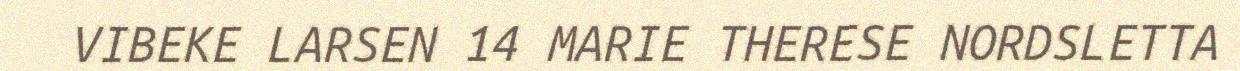
VIBEKE LARSEN 14 MARIE THERESE NORDSLETTA